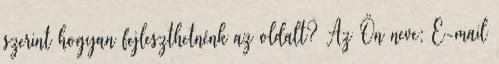
szerint hogyan fejleszthetnénk az oldalt? Az Ön neve: E-mail